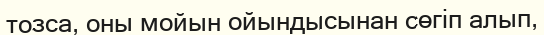
тозса, оны мойын ойындысынан сөгіп алып,